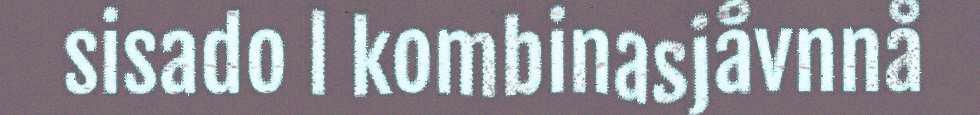
sisado l kombinasjåvnnå